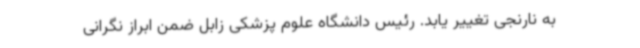
به نارنجی تغییر یابد. رئیس دانشگاه علوم پزشکی زابل ضمن ابراز نگرانی